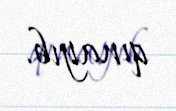
qınayıb.